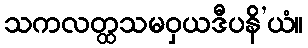
သကလတ္ထသမဝှယဒီပနိ’ယံ။